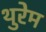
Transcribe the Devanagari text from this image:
थुरेम